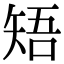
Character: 𥏒